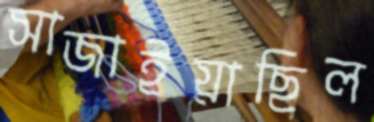
সাজাইয়াছিল